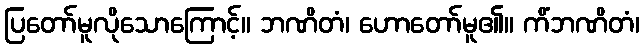
ပြတော်မူလိုသောကြောင့်။ ဘဏိတံ၊ ဟောတော်မူ၏။ ကိံဘဏိတံ၊